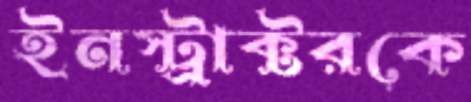
ইনস্ট্রাক্টরকে